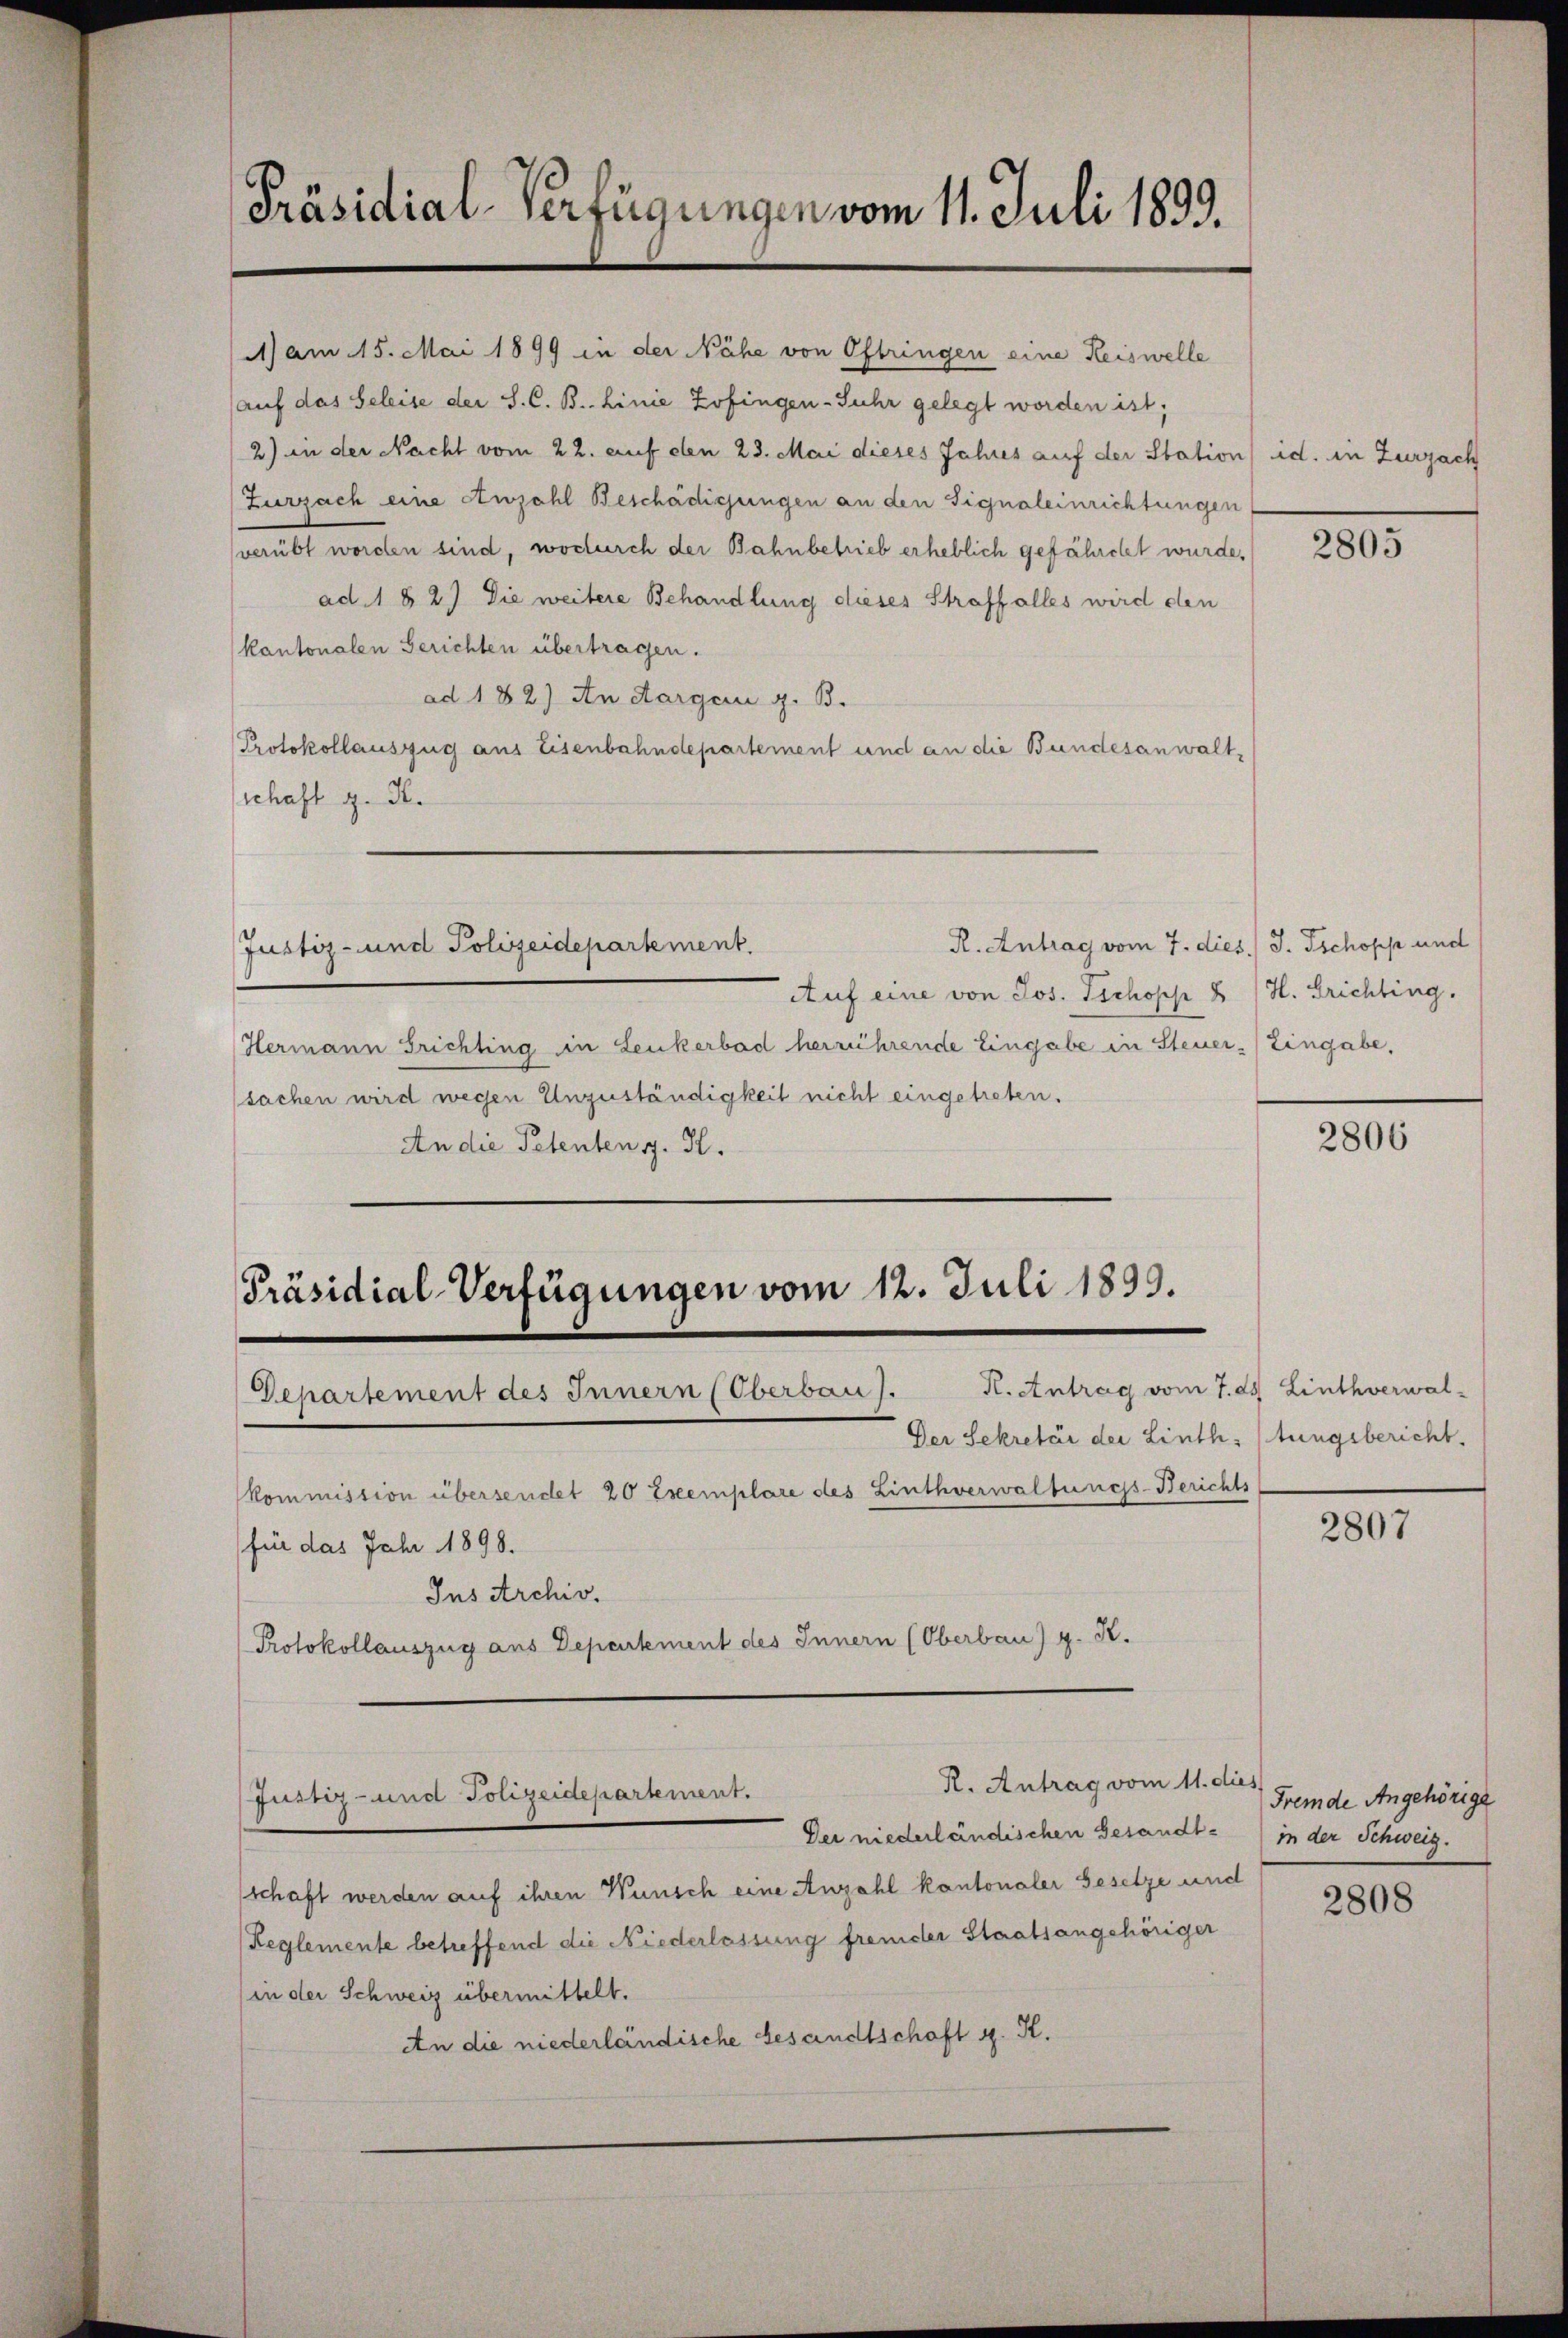
Präsidial-Verfügungen vom 11. Juli 1893.

auf das Seleise der S. C. B. Linie Zofingen-Suhr gelegt worden ist;
2) in der Nacht vom 22. auf den 23. Mai dieses Jahres auf der Station) id. in Zurzach
Zurzach eine Anzahl Beschädigungen an den Signaleinrichtungen
verübt worden sind, wocherch der Bahnbetrieb erheblich gefährchet wurde,
ad 1 § 2) Die weitere Behandlung dieses Straffalles wird den
kantonalen Gerichten übertragen.
ad 182) An dargen z. B.
Protokollauszug aus Eisenbahndepartement und an die Bundesanwalt,
(schaft z. H.
R. Antrag vom 7. dies.) J. Tschopp und
Justiz- und Polizeidepartement.
Auf eine von Jos. Tschopp 8 / H. Brichting.
Hermann Trichting in Lenkerbad herrührende Eingabe in Steuer- Eingabe,
sachen wird wegen Unzuständigkeit nicht eingetreten.
An die Petenten J. H.

kommission übersendet 20 Exemplare des Linthverwaltungs-Berichts
für das Jahr 1898.
Ins Archiv.
Protokollauszug aus Departement des Innern (Oberbau) g. R.

) am 15. Mai 1899 in der Nähe von Oftringen eine Reiswelle

Präsidial-Verfügungen vom 12. Juli 1899.
Departement des Innern (Oberbau). K. Antrag vom 7. ds Linthverwal-
Der Sekretär der Linth, tungsbericht.

R. Antrag vom 11. des Fremde Angehörige
Justiz- und Polizeidepartement.

Dei niederländischen Gesandtschaft werden auf ihren Wunsch eine Anzahl kantonaler Gesetze und
Reglemente betreffend die Niederlassung fremder Staatsangehöriger
(in der Schweiz übermittelt.
An die niederländische Gesandtschaft 4. K.

2805

2806

2807

in der Schweiz.

2808